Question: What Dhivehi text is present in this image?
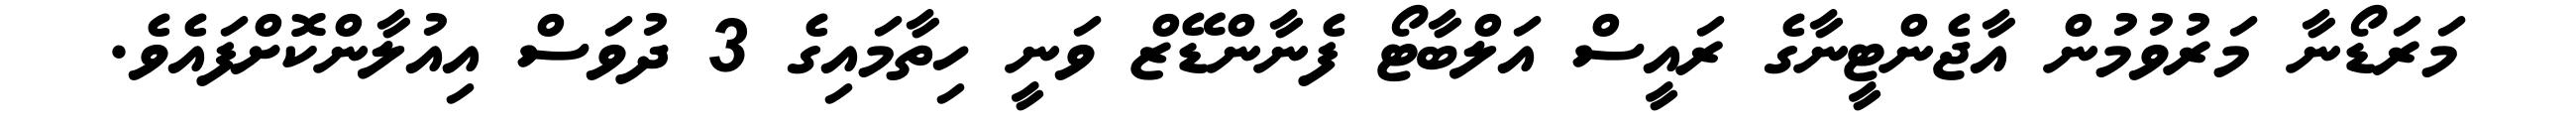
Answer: މަރަޑޯނާ މަރުވުމުން އާޖެންޓީނާގެ ރައީސް އަލްބާޓޯ ފެނާންޑޭޒް ވަނީ ހިތާމައިގެ 3 ދުވަސް އިއުލާންކޮށްފައެވެ.